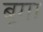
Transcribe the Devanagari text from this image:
बूगा